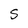
Character: S